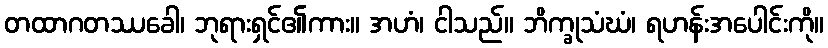
တထာဂတဿခေါ၊ ဘုရားရှင်၏ကား။ အဟံ၊ ငါသည်။ ဘိက္ခုသံဃံ၊ ရဟန်းအပေါင်းကို။